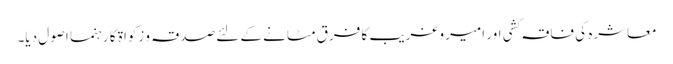
معاشرہ کی فاقہ کشی اور امیر وغریب کا فرق مٹانے کے لئے صدقہ و زکواۃ کا رہنما اصول دیا۔